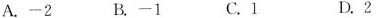
A.-2 B.-1 C.1 D.2